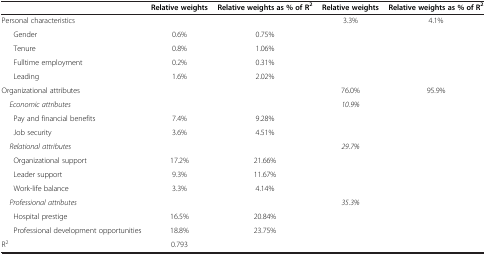
<table><thead><tr><td><b> </b></td><td><b>Relative weights</b></td><td><b>Relative weights as % of R<sup>2</sup></b></td><td><b>Relative weights</b></td><td><b>Relative weights as % of R<sup>2</sup></b></td></tr></thead><tbody><tr><td>Personal characteristics</td><td> </td><td> </td><td>3.3%</td><td>4.1%</td></tr><tr><td>Gender</td><td>0.6%</td><td>0.75%</td><td> </td><td> </td></tr><tr><td>Tenure</td><td>0.8%</td><td>1.06%</td><td> </td><td> </td></tr><tr><td>Fulltime employment</td><td>0.2%</td><td>0.31%</td><td> </td><td> </td></tr><tr><td>Leading</td><td>1.6%</td><td>2.02%</td><td> </td><td> </td></tr><tr><td>Organizational attributes</td><td> </td><td> </td><td>76.0%</td><td>95.9%</td></tr><tr><td> <i>Economic attributes</i></td><td> </td><td> </td><td><i>10.9%</i></td><td> </td></tr><tr><td>Pay and financial benefits</td><td>7.4%</td><td>9.28%</td><td> </td><td> </td></tr><tr><td>Job security</td><td>3.6%</td><td>4.51%</td><td> </td><td> </td></tr><tr><td> <i>Relational attributes</i></td><td> </td><td> </td><td><i>29.7%</i></td><td> </td></tr><tr><td>Organizational support</td><td>17.2%</td><td>21.66%</td><td> </td><td> </td></tr><tr><td>Leader support</td><td>9.3%</td><td>11.67%</td><td> </td><td> </td></tr><tr><td>Work-life balance</td><td>3.3%</td><td>4.14%</td><td> </td><td> </td></tr><tr><td> <i>Professional attributes</i></td><td> </td><td> </td><td><i>35.3%</i></td><td> </td></tr><tr><td>Hospital prestige</td><td>16.5%</td><td>20.84%</td><td> </td><td> </td></tr><tr><td>Professional development opportunities</td><td>18.8%</td><td>23.75%</td><td> </td><td> </td></tr><tr><td>R<sup>2</sup></td><td>0.793</td><td> </td><td> </td><td> </td></tr></tbody></table>